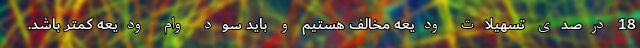
18 درصدی تسهیلات ودیعه مخالف هستیم و باید سود وام ودیعه کمتر باشد.